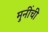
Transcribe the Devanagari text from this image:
मुनींची